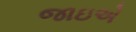
જાઇએ